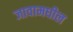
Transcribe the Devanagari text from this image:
जावामधील